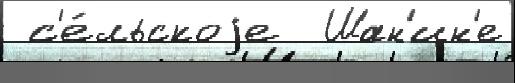
 с'е́льскоjе  Шан'ин'е